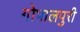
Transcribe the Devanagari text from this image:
गोपालपुरी